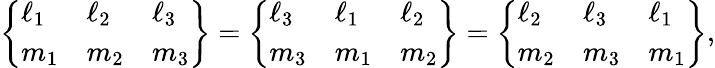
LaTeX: \left\{ \begin{array}{lll}{\ell_{1}}&{\ell_{2}}&{\ell_{3}}\\ {m_{1}}&{m_{2}}&{m_{3}}\end{array}\right\} =\left\{ \begin{array}{lll}{\ell_{3}}&{\ell_{1}}&{\ell_{2}}\\ {m_{3}}&{m_{1}}&{m_{2}}\end{array}\right\} =\left\{ \begin{array}{lll}{\ell_{2}}&{\ell_{3}}&{\ell_{1}}\\ {m_{2}}&{m_{3}}&{m_{1}}\end{array}\right\} ,